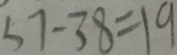
5 7 - 3 8 = 1 9